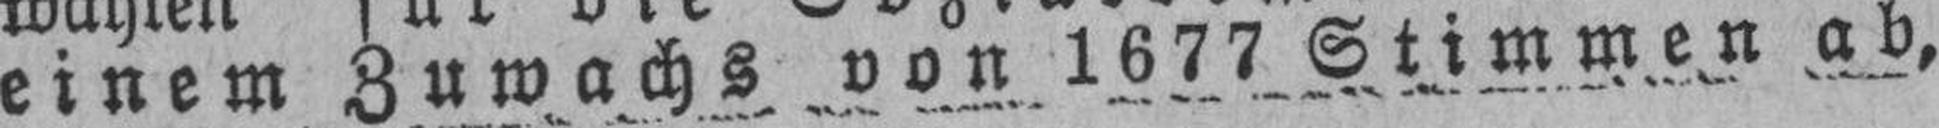
einem Zuwachs von 1677 Stimmen ab,